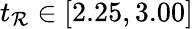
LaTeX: t_{\mathcal{R}}\in[2.25,3.00]